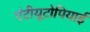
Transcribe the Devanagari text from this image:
एंटीयूटोपियाई